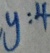
y : 4